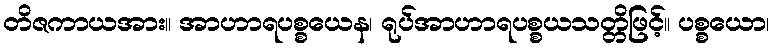
တိဇကာယအား။ အာဟာရပစ္စယေန၊ ရုပ်အာဟာရပစ္စယသတ္တိဖြင့်။ ပစ္စယော၊